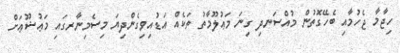
ހިޖާމާ ޖެހުމާއި ބެހޭގޮތުން މުއްސަނދި ގިނަ މަޢުލޫމާތު ތަކެއް އަޑުއިވިގެންދިޔަ މިސެމިނާރގައި މަޢުޟޫޢަށް